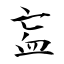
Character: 衁